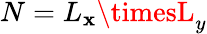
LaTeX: N=L_{\mathbf{x}}\timesL_{y}